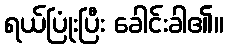
ရယ်ပြုံးပြီး ခေါင်းခါ၏။